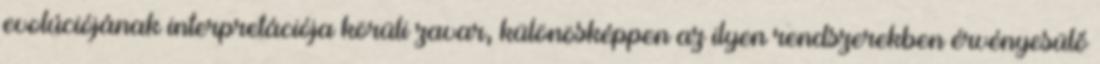
evolúciójának interpretációja körüli zavar, különösképpen az ilyen rendszerekben érvényesülő